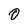
Character: O